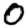
Digit: 0